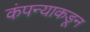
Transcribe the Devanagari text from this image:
कंपन्याकडून